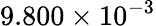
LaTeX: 9.800\times 10^{-3}